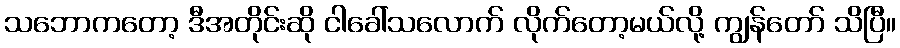
သဘောကတော့ ဒီအတိုင်းဆို ငါခေါ်သလောက် လိုက်တော့မယ်လို့ ကျွန်တော် သိပြီ။